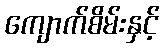
ကျောက်စိမ်းနှင့်